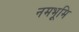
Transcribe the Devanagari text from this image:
नमभूमि